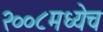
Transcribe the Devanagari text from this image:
२००८मध्येच